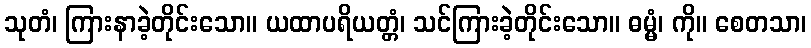
သုတံ၊ ကြားနာခဲ့တိုင်းသော။ ယထာပရိယတ္တံ၊ သင်ကြားခဲ့တိုင်းသော။ ဓမ္မံ၊ ကို။ စေတသာ၊